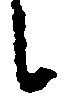
候